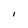
Character: l